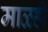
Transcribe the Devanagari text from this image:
माळही